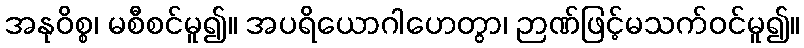
အနုဝိစ္စ၊ မစီစင်မူ၍။ အပရိယောဂါဟေတွာ၊ ဉာဏ်ဖြင့်မသက်ဝင်မူ၍။